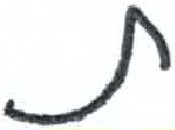
אות: ת